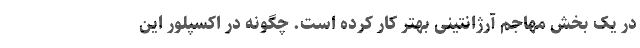
در یک بخش مهاجم آرژانتینی بهتر کار کرده است. چگونه در اکسپلور این